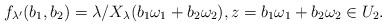
LaTeX: \begin{align*}f_{\lambda'}(b_1,b_2) & = \lambda/X_{\lambda}(b_1\omega_1 +b_2\omega_2), z=b_1\omega_1 +b_2\omega_2 \in U_2.\end{align*}